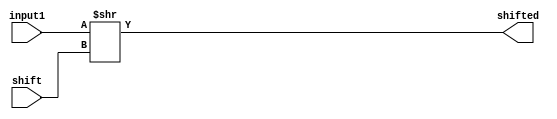
module shrl(
    input [31:0] input1,
    input [31:0] shift,
    output [31:0] shifted
    );

assign shifted = input1 >> shift;

endmodule